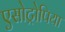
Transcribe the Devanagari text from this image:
एसोट्रोपिया